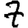
Digit: 7